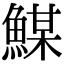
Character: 𩹮